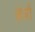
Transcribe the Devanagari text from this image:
क्ष्रेत्रों